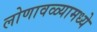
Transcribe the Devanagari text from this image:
लोणावळ्यामध्ये